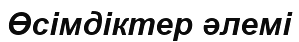
Өсімдіктер әлемі